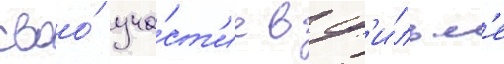
своо́ уча́ст'ие в ф'и́льм'е